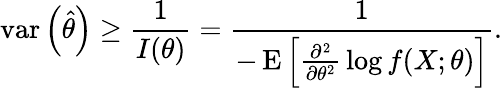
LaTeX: \operatorname{var}\left({\widehat{\theta}}\right)\geq{\frac{1}{I(\theta)}}={\frac{1}{-\operatorname{E}\left[{\frac{\partial^{2}}{\partial\theta^{2}}}\log f(X;\theta)\right]}}.